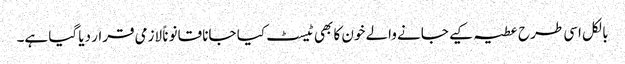
بالکل اسی طرح عطیہ کیے جانے والے خون کا بھی ٹیسٹ کیا جانا قانوناً لازمی قرار دیا گیا ہے۔